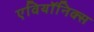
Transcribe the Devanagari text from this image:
एवियॉनिक्स